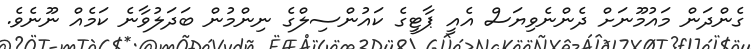
ގެންދަން މައުމޫނަށް ދެންނެވިޔަސް އެއީ ޕާޓީގެ ކައުންސިލްގެ ނިންމުން ބަދަލުވާނެ ކަމެއް ނޫނެވެ.